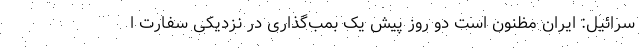
سرائیل: ایران مظنون است دو روز پیش یک بمب‌گذاری در نزدیکی سفارت ا